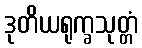
ဒုတိယရုက္ခသုတ္တံ